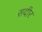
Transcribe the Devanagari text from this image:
सदीर